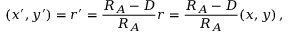
( x ^ { \prime } , y ^ { \prime } ) = \boldsymbol r ^ { \prime } = { \frac { R _ { A } - D } { R _ { A } } } \boldsymbol r = { \frac { R _ { A } - D } { R _ { A } } } ( x , y ) \, ,